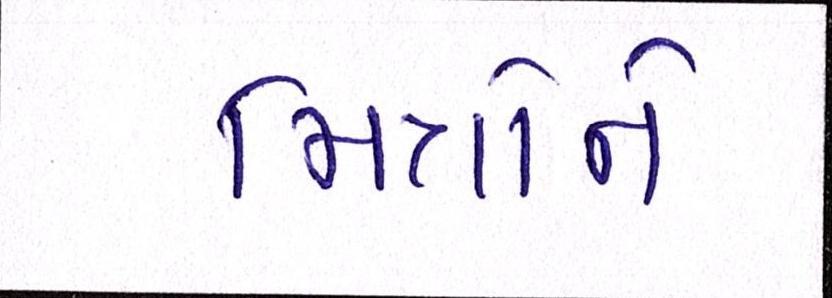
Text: મિત્રોને